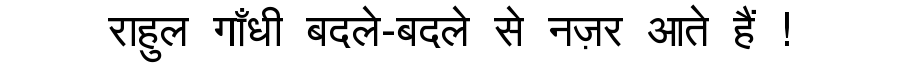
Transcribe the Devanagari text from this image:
राहुल गाँधी बदले-बदले से नज़र आते हैं !